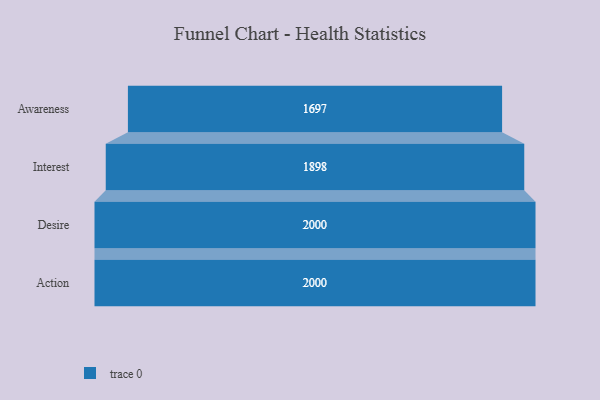
{"axis": {"x": "Stage", "y": "Value"}, "legend": [""], "data": [{"x": "Awareness", "y": 1697.0, "type": ""}, {"x": "Interest", "y": 1898.0, "type": ""}, {"x": "Desire", "y": 2000, "type": ""}, {"x": "Action", "y": 2000, "type": ""}]}